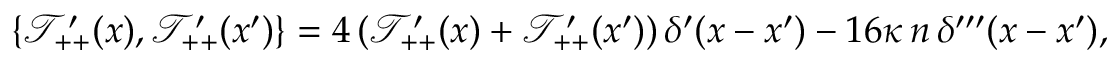
\{ \mathcal T _ { + + } ^ { \prime } ( x ) , \mathcal T _ { + + } ^ { \prime } ( x ^ { \prime } ) \} = 4 \, ( \mathcal T _ { + + } ^ { \prime } ( x ) + \mathcal T _ { + + } ^ { \prime } ( x ^ { \prime } ) ) \, \delta ^ { \prime } ( x - x ^ { \prime } ) - 1 6 \kappa \, n \, \delta ^ { \prime \prime \prime } ( x - x ^ { \prime } ) ,